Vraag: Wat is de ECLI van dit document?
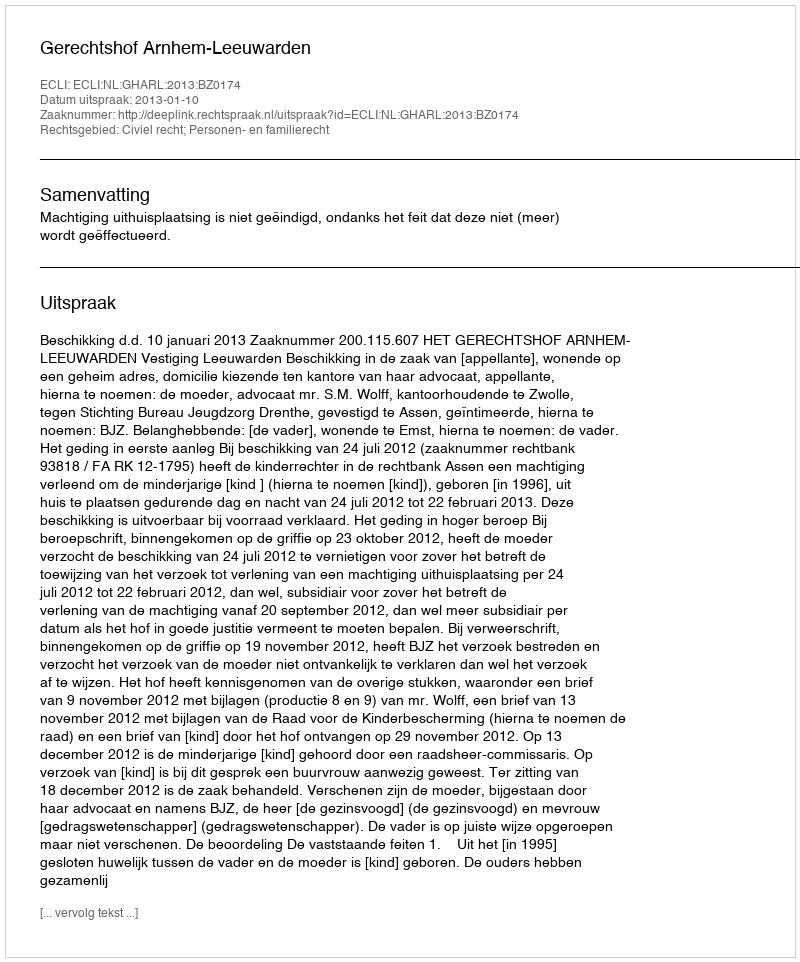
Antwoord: ECLI:NL:GHARL:2013:BZ0174